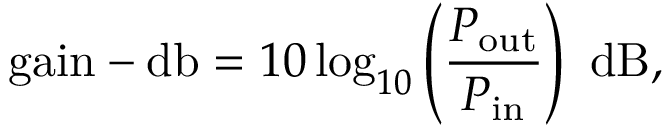
{ \mathrm { g a i n - d b } } = 1 0 \log _ { 1 0 } \left( { \frac { P _ { \mathrm { o u t } } } { P _ { \mathrm { i n } } } } \right) ~ { \mathrm { d B } } ,